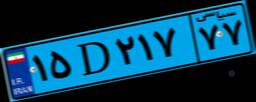
۱۸D۳۱۴۱۶